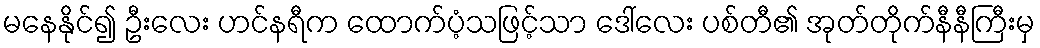
မနေနိုင်၍ ဦးလေး ဟင်နရီက ထောက်ပံ့သဖြင့်သာ ဒေါ်လေး ပစ်တီ၏ အုတ်တိုက်နီနီကြီးမှ